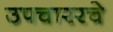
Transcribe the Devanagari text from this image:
उपचाररचे